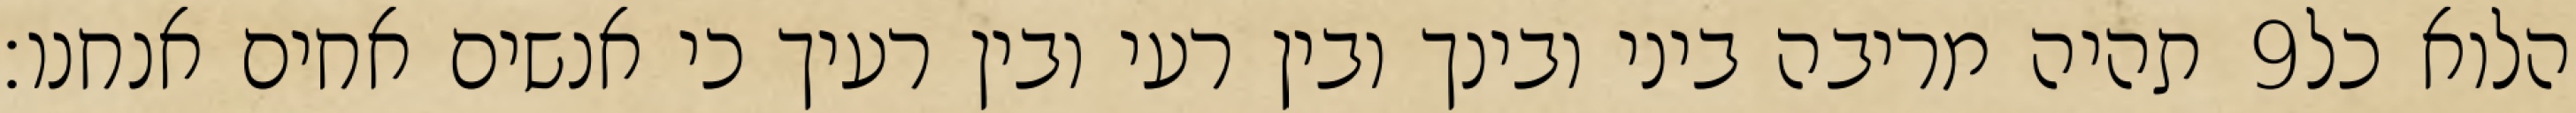
תהיה מריבה ביני ובינך ובין רעי ובין רעיך כי אנשים אחים אנחנו׃ ‎9‏ הלוא כל